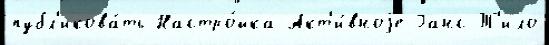
публ'икова́ть Настро́йка Акт'и́вноjе Ганс-Т'ило